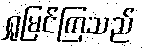
ရှုမြင်ကြသည်